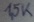
Text: 1,5K